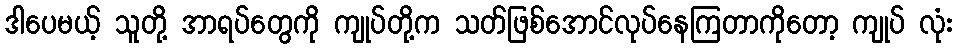
ဒါပေမယ့် သူတို့ အာရပ်တွေကို ကျုပ်တို့က သတ်ဖြစ်အောင်လုပ်နေကြတာကိုတော့ ကျုပ် လုံး